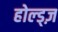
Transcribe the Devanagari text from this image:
होल्ड्ज़